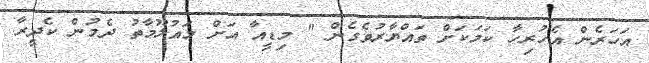
އަހަރެން އެހުރިހާ ކަމަކަށް ތައްޔާރުވެގެން " މިޑީއާ އަށް މައުލޫމާތު ދެމުން ކެދީރާ